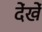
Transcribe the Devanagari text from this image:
देंखें